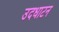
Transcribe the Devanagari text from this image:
उदधाटन